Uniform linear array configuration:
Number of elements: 24
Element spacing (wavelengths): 0.5
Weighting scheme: exponential
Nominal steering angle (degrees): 15
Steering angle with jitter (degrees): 14.957
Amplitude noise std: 0.05
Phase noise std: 0.05

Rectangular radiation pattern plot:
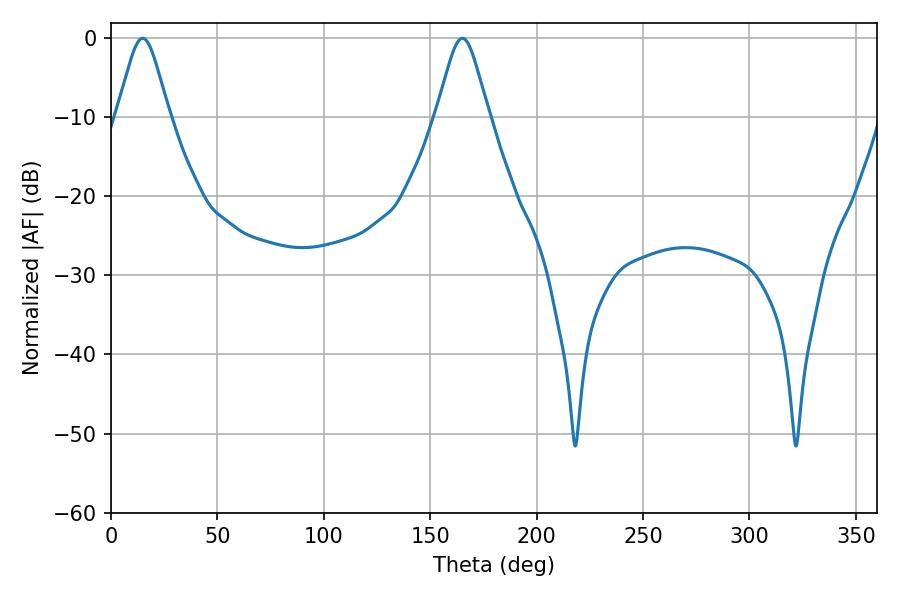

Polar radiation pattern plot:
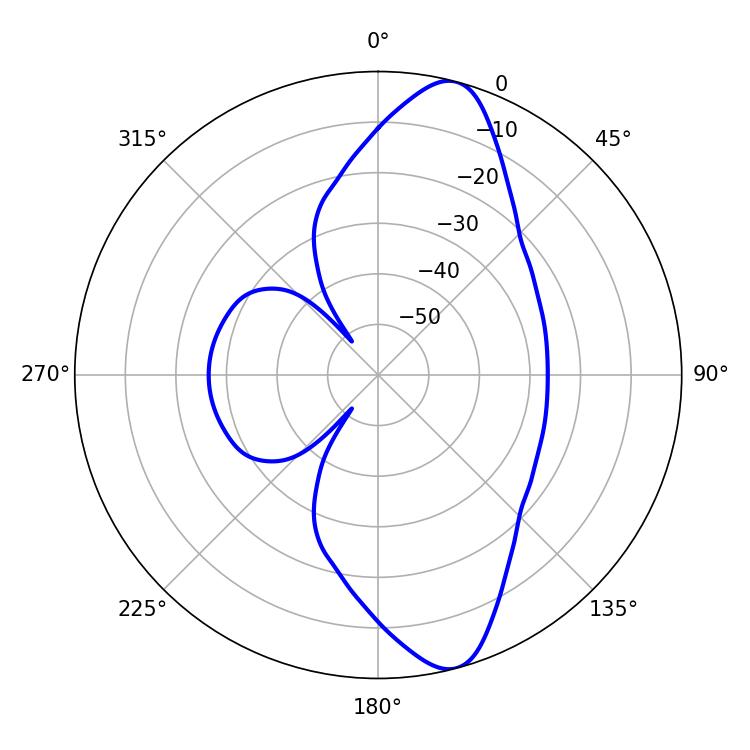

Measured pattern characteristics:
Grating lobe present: FALSE
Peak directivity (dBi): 11.792
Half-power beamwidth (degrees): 11.88
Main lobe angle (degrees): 14.94